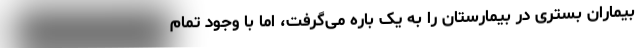
بیماران بستری در بیمارستان را به یک باره می‌گرفت، اما با وجود تمام